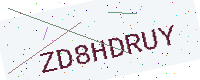
Text: ZD8HDRUY